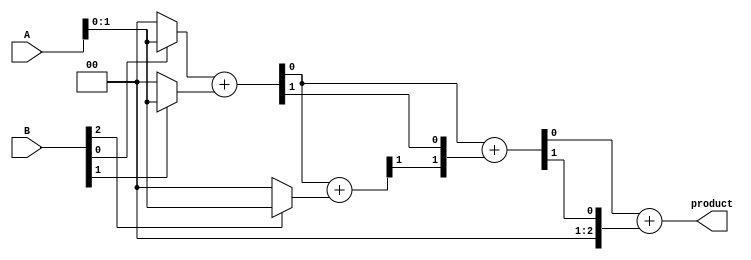
module unfolded_wallace_tree_multiplier #(
    parameter m = 8,  // Bit-width of A
    parameter n = 8   // Bit-width of B
)(
    input [m-1:0] A,
    input [n-1:0] B,
    output reg [m+n-1:0] product
);
    
    // Generate Partial Products
    wire [m-1:0] partial_product[n-1:0];
    genvar i;
    generate
        for (i = 0; i < n; i = i + 1) begin : pp_gen
            assign partial_product[i] = (B[i]) ? A : {m{1'b0}};
        end
    endgenerate

    // Wallace Tree Reduction
    wire [m:n] sum [1:0];
    wire [m+n:0] carry [1:0];

    // Stage 1 - Using Full Adders and Half Adders
    // Here we assume a tree level where partial products come together
    assign {carry[0][0], sum[0]} = partial_product[0] + partial_product[1];
    assign {carry[0][1], sum[0][1]} = sum[0] + partial_product[2];
    assign {carry[0][2], sum[0][2]} = sum[1] + partial_product[3]; 
    // Repeat this process for all n partial products as needed...

    // Stage 2 - Continue Reduction
    assign {carry[1][0], sum[1]} = sum[0] + carry[0];

    // Final stage to compute the product
    always @(*) begin
        product = sum[1] + carry[1];
    end

endmodule